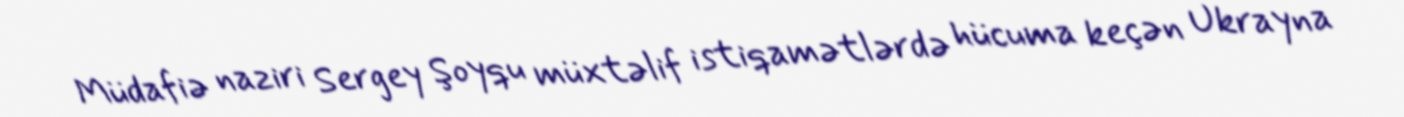
Müdafiə naziri Sergey Şoyqu müxtəlif istiqamətlərdə hücuma keçən Ukrayna